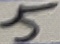
Text: 5